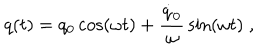
LaTeX: q ( t ) = q _ { 0 } \cos ( \omega t ) + { \frac { \dot { q } _ { 0 } } { \omega } } \sin ( \omega t ) \; ,